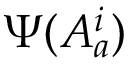
\Psi ( A _ { a } ^ { i } )